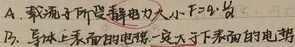
A. 载流子所受静电力大小\(F = qE\)
B. 导体上表面的电势一定大于下表面的电势